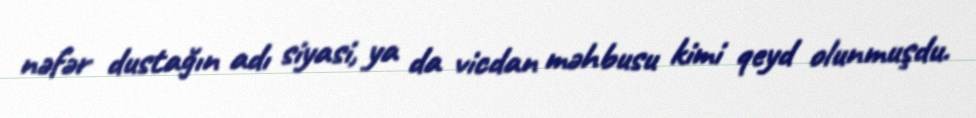
nəfər dustağın adı siyasi, ya da vicdan məhbusu kimi qeyd olunmuşdu.